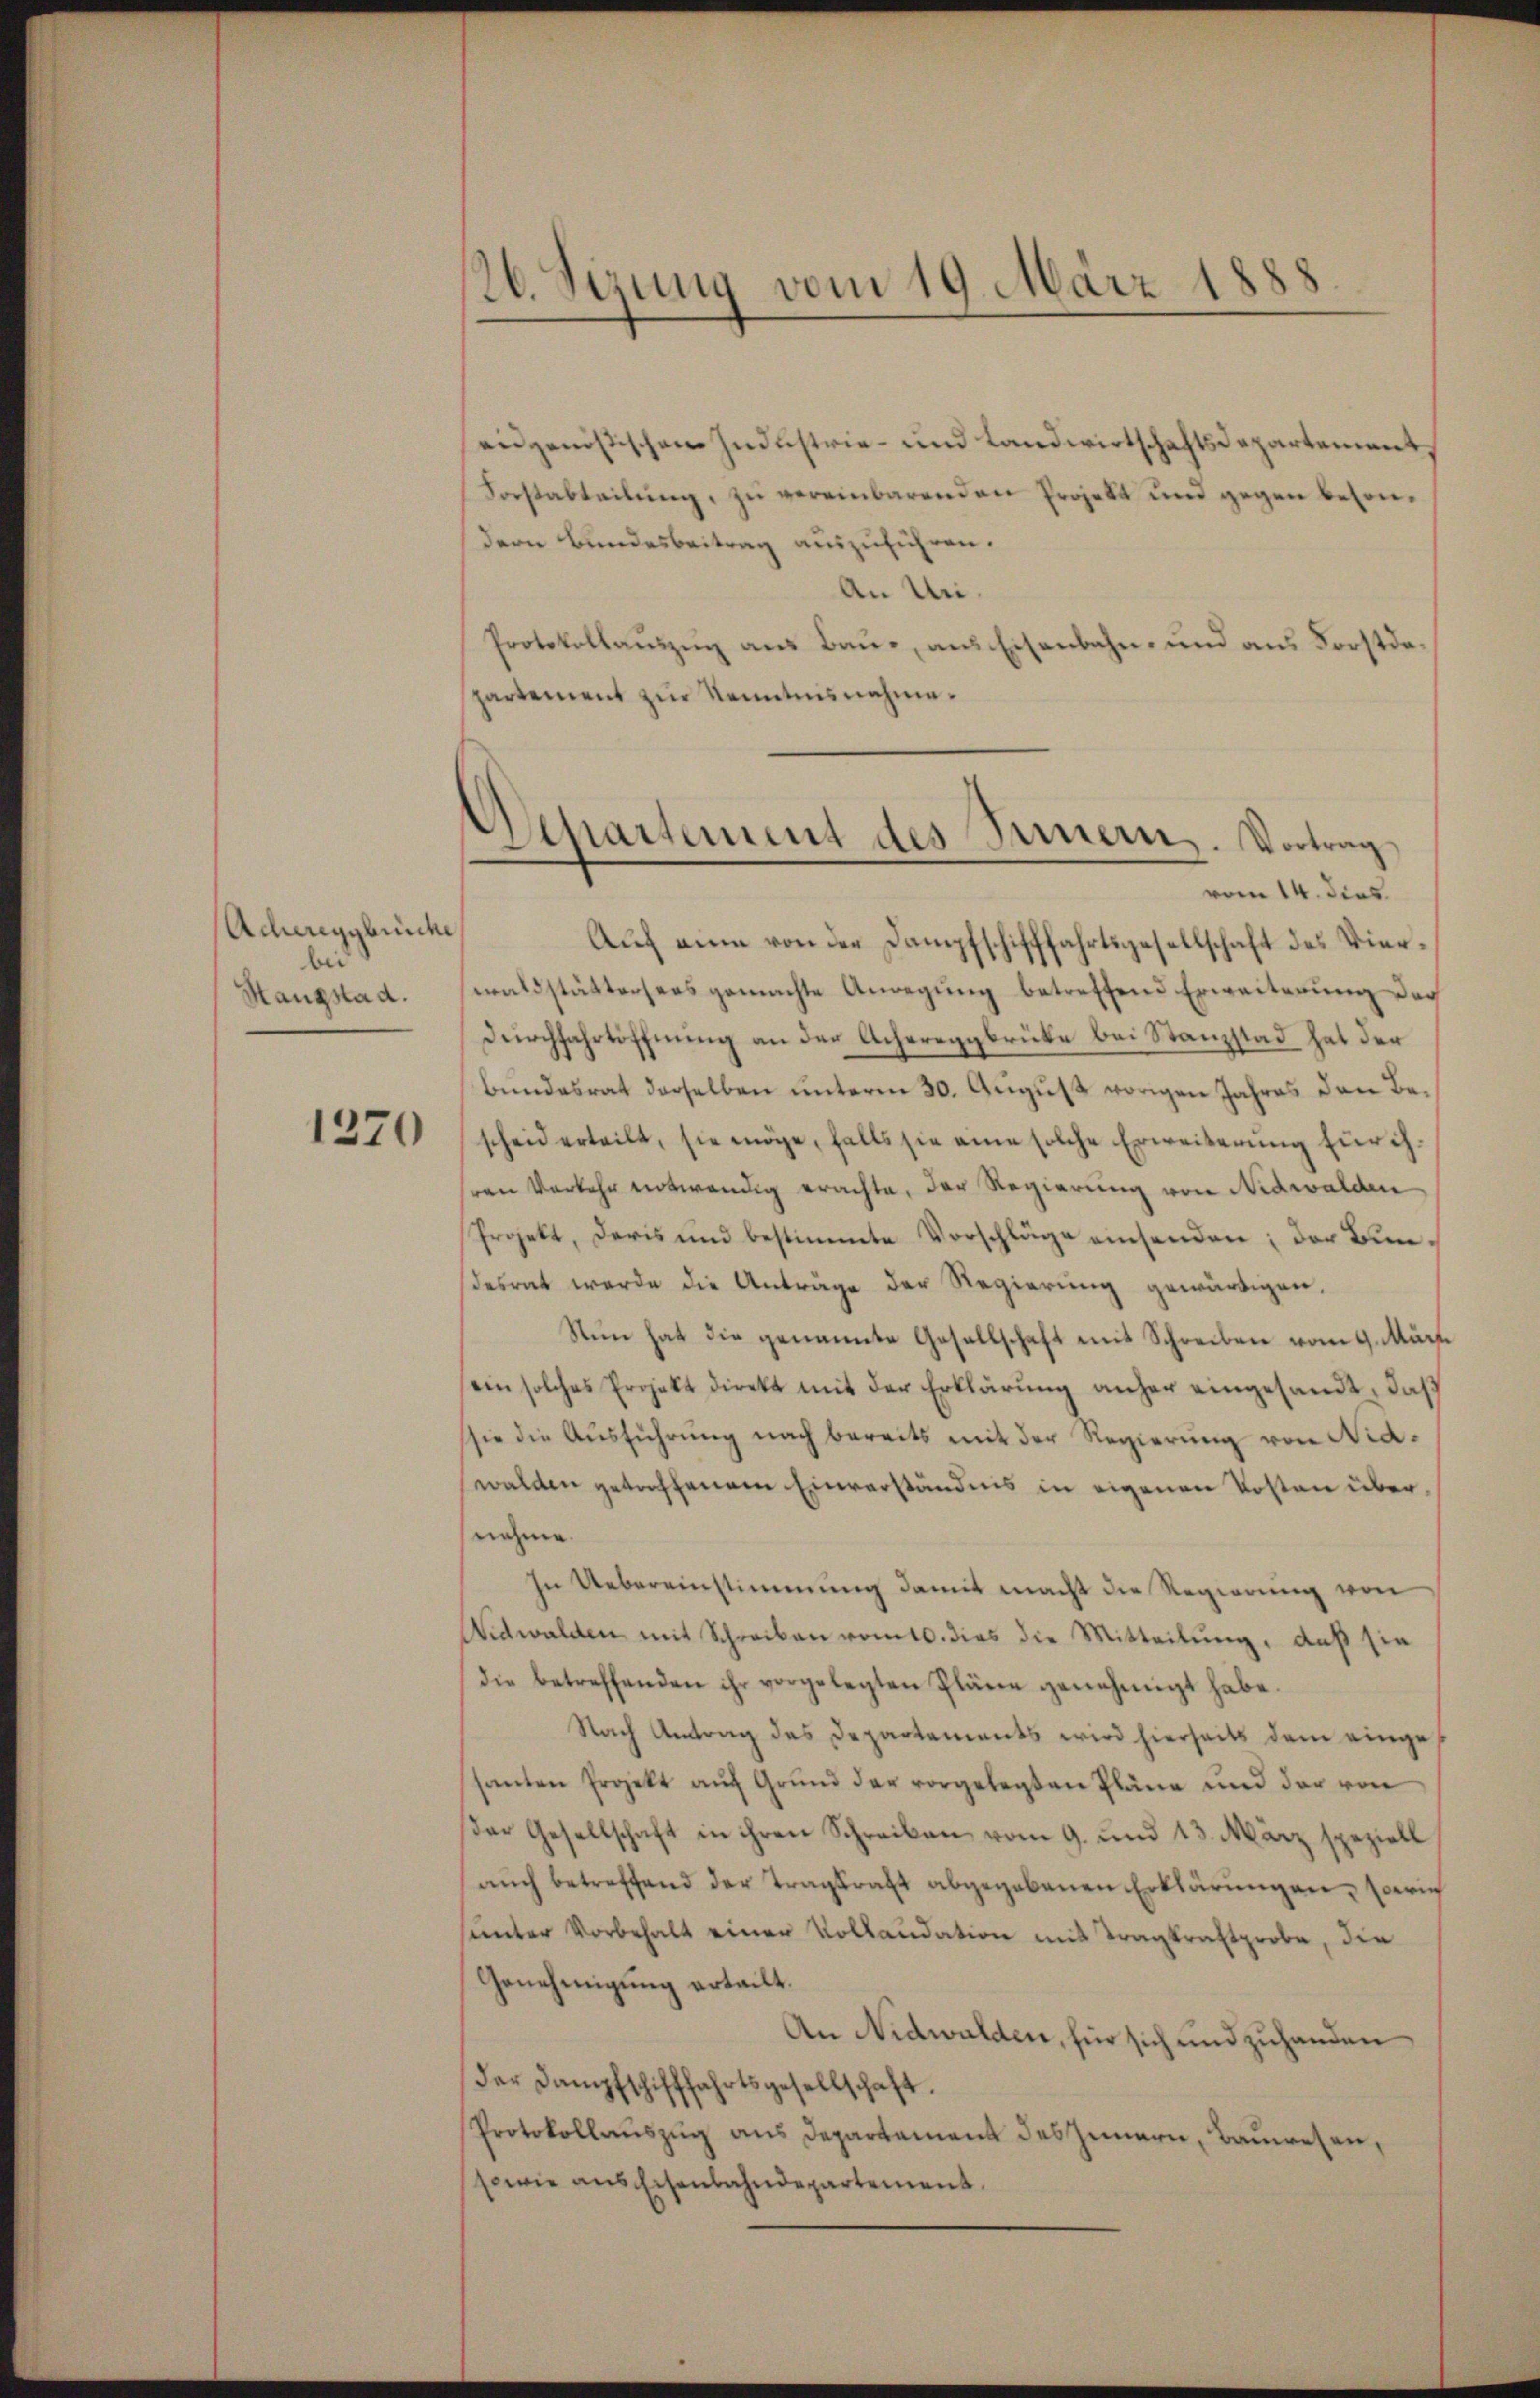
Achereggerich
bei
Hangstad.

1270

)

126. Sezung vom 19. März 1888

eidgenößischen Industrie- und Landwirtschaftsdepartement,
Forstabteilŭng zŭ vereinbarenden Projekt und gegen besondern Bundesbeitrag auszuführen.
An Uri.
Protokollaŭszŭg ans Baŭe, ans Eisenbahn- und ans Forstde
partement zur Kenntnisnahme.
Auch ein von der Dampfschifffahrtsgesellschaft des Vierwaldstättersers gemachte Anregŭng betreffend Erweiterŭng der
Durchfahrtöffnung an der Achereggbrüke bei Stanzstad hat der
Bundesrat derselben unterm 30. August vorigen Jahres den Bescheid erteilt, sie möge, falls sie eine solche Erweiterŭng für ihren Verkehr entwendig erachte, der Regierung von Nidwalden
Projekt, daris und bestimmte Vorschläge einsenden; der Bundesrat werde die Anträge der Regierŭng gewärtigen,
Nun hat die genannte Gesellschaft mit Schreiben vom 9. März
ein solches Projekt direkt mit der Erklärŭng anher eingesandt, daß
sie die Ausführung nach bereits mit der Regierung von Nid-
walden getreffenem Einverständnis in eigenen Kosten übernehme.
In Uebereinstimmung damit macht die Regierung von
Nidwalden mit Schreiben vom 10. dies die Mitteilung, daß sie
die betreffenden ihr vorgelegten Pläne genehmigt habe.
Nach Antrag des Departements wird hierseits dem einge
hanten Projekt auf Grund der vorgelegten Pläne und der von
der Gesellschaft in ihren Schreiben vom 9. und 13. März speziell
aŭch betreffend der Tragsraths abgegebenen Erklärungen Zürich
ŭnter Vorbehalt einer Vollaudation mit Tragkraftprobe, die
Genehmigung erteilt.
An Nidwalden, für sich und zuhanden
der Dampfschifffahrtsgesellschaft.
Protokollaŭszŭg ans Departament des Innern, Baŭwesen,
sowie aus Eisenbahndepartement

Separtement des Innern. Vortrag
vom 14. dies